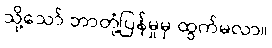
သို့သော် ဘာတုံ့ပြန်မှုမှ ထွက်မလာ။